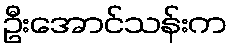
ဦးအောင်သန်းက